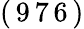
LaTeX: (\, 9\, 7\, 6\, )